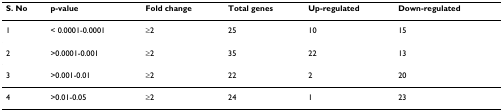
<table><thead><tr><td><b>S. No</b></td><td><b>p-value</b></td><td><b>Fold change</b></td><td><b>Total genes</b></td><td><b>Up-regulated</b></td><td><b>Down-regulated</b></td></tr></thead><tbody><tr><td>1</td><td>&lt; 0.0001-0.0001</td><td>≥2</td><td>25</td><td>10</td><td>15</td></tr><tr><td>2</td><td>&gt;0.0001-0.001</td><td>≥2</td><td>35</td><td>22</td><td>13</td></tr><tr><td>3</td><td>&gt;0.001-0.01</td><td>≥2</td><td>22</td><td>2</td><td>20</td></tr><tr><td>4</td><td>&gt;0.01-0.05</td><td>≥2</td><td>24</td><td>1</td><td>23</td></tr></tbody></table>